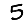
Digit: 5